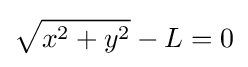
{\sqrt {x^{2}+y^{2}}}-L=0\,\!